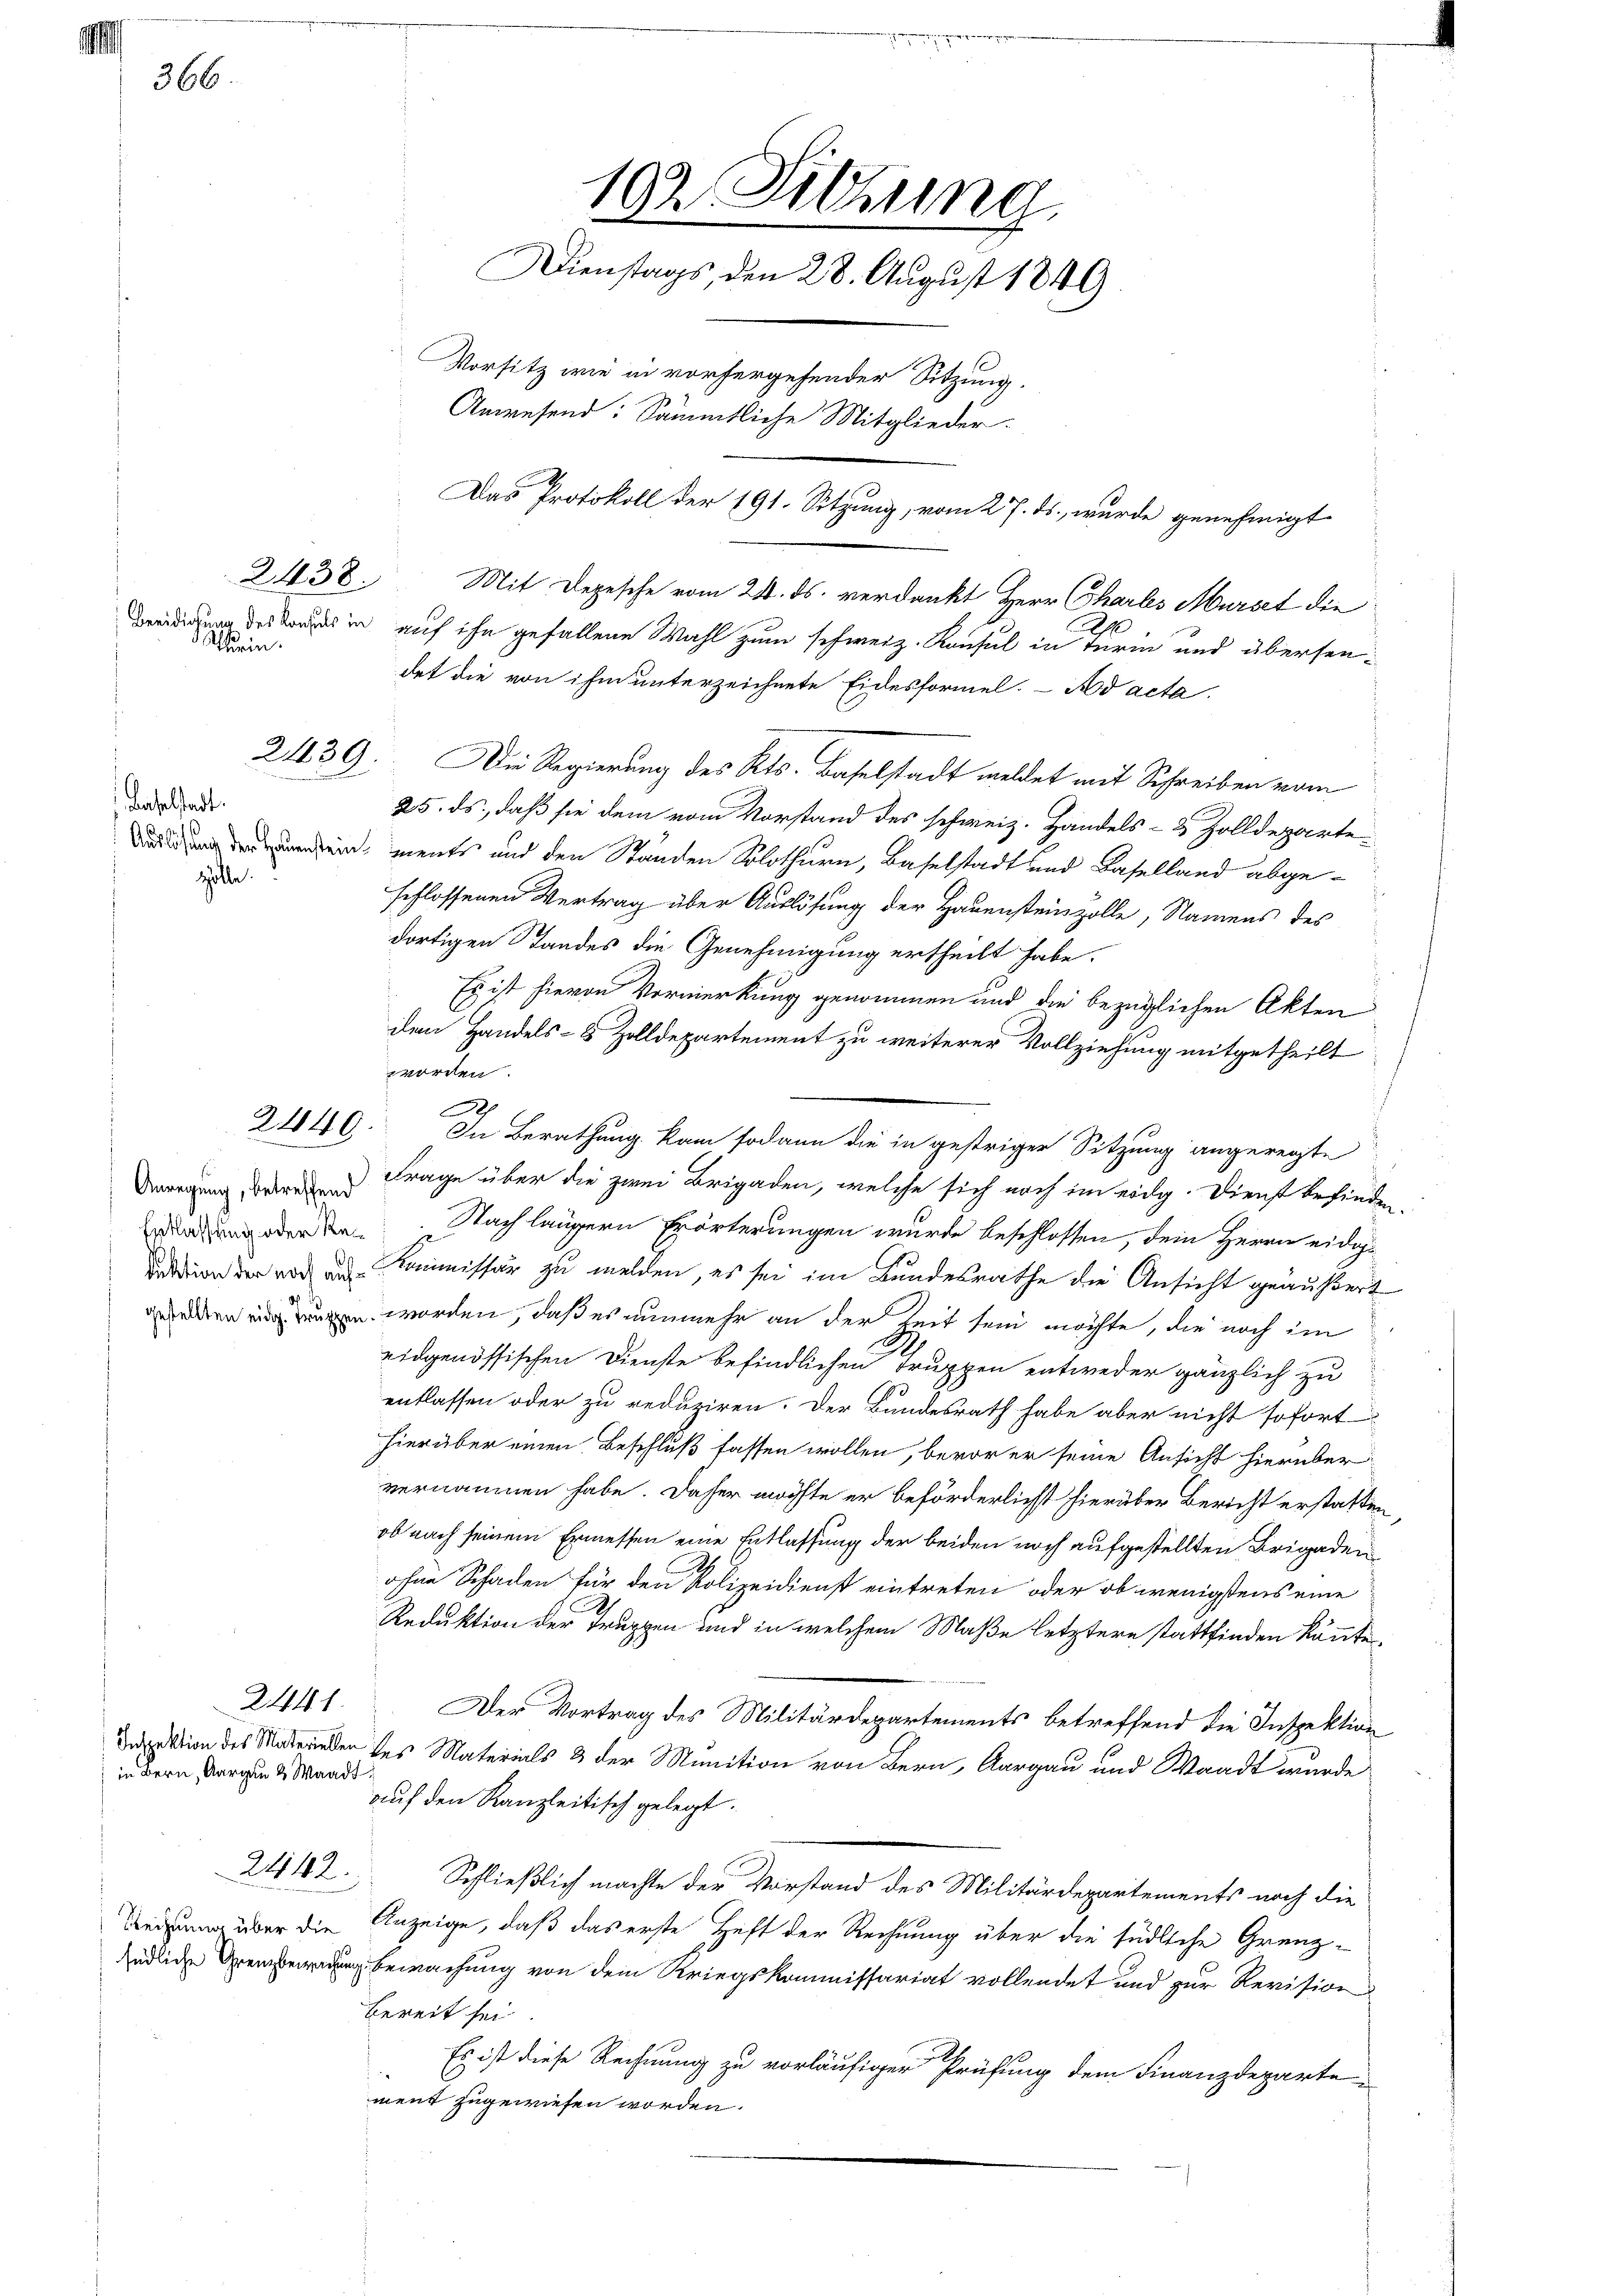
Al
366.

Scharin.

Baselstadt.
Hölle.

2440

Entlassung oder Rei¬

in Bern, Aargau 2 Waadt

2441.

2412.

2439. Die Regierung des Kts. Baselstadt meldet mit Schreiben vom
25. ds., daß sie dem vom Vorstand des schweiz. Handels- & Zolldeparte
 nein, ments und den Ständen Solothurn, Baselstadt und Baselland abgeschlossenen Vertrag über Auslösung der Hauenstenzolle, Namens des
dortigen Standes die Genehmigung ertheilt habe.
Es ist hievon Vormerkung genommen und die bezüglichen Akten
den Handels- & Zolldepartement zu weiterer Vollziehung mitgetheilt
worden.
A
In Berathung kam sodann die in gestriger Sitzung angeregte
Verregung, dere Frage über die zwei Brigaden, welche sich noch im eidg. Dienst befinden.
Nach längern Erörterungen wurde beschlossen, dem Herrn eidge
dation der vor und Kommissär zu melden, es sei im Bundesrathe die Ansicht geäußert
n worden, daß es nunmehr an der Zeit sein möchte, die noch im
eidgenössischen Dienste befindlichen Truppen entweder gänzlich zu
entlassen oder zu reduziren. Der Bundesrath habe aber nicht sofort
hierüber einen Beschluß fassen wollen, bevor er seine Ansicht hierüber
vernommen habe. Daher möchte er beförderlichst hierüber Bericht erstatten,
ob nach seinem Ermessen eine Entlassung der beiden noch aufgestellten Brigaden
ohne Schaden für den Polizeidienst eintreten oder ob wenigstens eine
Reduktion der Truppen und in welchem Maße letztere stattfinden könnte.
Der Vortrag des Militärdepartements betreffend die Inspektion
Daspektion des Materinden des Materials 3 der Munition von Bern, Aargau und Waadt wurde
auf den Kanzleitisch gelegt.
Schließlich machte der Vorstand des Militärdepartements nach die
Reiung über die Anzeige, daß das erste Heft der Rechnung über die südliche Grenzsüdliche Bewachung von dem Kriegskommissariat vollendet und zur Revision
bereit sei
Es ist diese Rechnung zu vorläufiger Prüfung dem Finanzdepartement zugewiesen worden.

102. Sitzung
Dienstags, den 28. August 1849
Vorsitz wie in vorhergehender Sitzung.
Anwesend: Sämmtliche Mitglieder.
Das Protokoll der 191. Sitzung, vom 27. ds., wurde genehmigt

2138. Mit Depesche vom 24. ds. verdankt Herr Thartes Mürzet die
ug des in auf ihn gefallene Wahl zum schweiz. Konsul in Turin und übersendet die von ihm unterzeichnete Eidesformel. Ad acta.